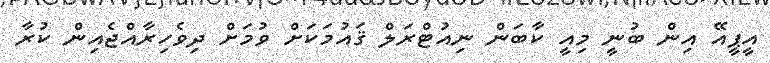
އީޕީއޭ އިން ބުނީ މިއީ ކާބަން ނިއުޓްރަލް ޤައުމަކަށް ވުމަށް ދިވެހިރާއްޖެއިން ކުރާ